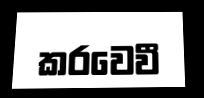
කරවෙවී